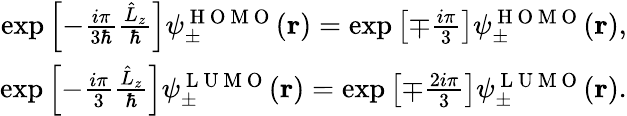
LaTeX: \begin{array}{r}{\exp\left[-\frac{i\pi}{3\hbar}\frac{\hat{L}_{z}}{\hbar}\right]\psi_{\pm}^{\mathrm{~H~O~M~O~}}(\mathbf{r})=\exp\left[\mp\frac{i\pi}{3}\right]\psi_{\pm}^{\mathrm{~H~O~M~O~}}(\mathbf{r}),}\\ {\exp\left[-\frac{i\pi}{3}\frac{\hat{L}_{z}}{\hbar}\right]\psi_{\pm}^{\mathrm{~L~U~M~O~}}(\mathbf{r})=\exp\left[\mp\frac{2i\pi}{3}\right]\psi_{\pm}^{\mathrm{~L~U~M~O~}}(\mathbf{r}).}\end{array}